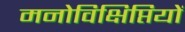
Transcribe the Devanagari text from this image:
मनोविक्षिप्तियों